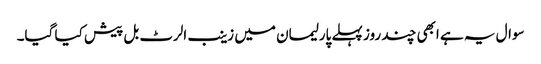
سوال یہ ہے ابھی چند روز پہلے پارلیمان میں زینب الرٹ بل پیش کیا گیا۔